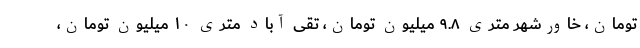
تومان، خاورشهر متری ۹.۸ میلیون تومان، تقی آباد متری ۱۰ میلیون تومان،